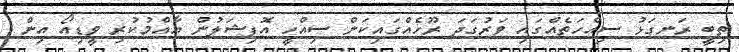
ތިބީ ރަނގަޅު ސިއްހަތެއްގައި ވަރުގަދަ ރޫހެއްގައިކަން ސިއްހީ އޮފިޝަލުން އާއްމުކުރި ވީޑިއޯ އިން